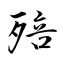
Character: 殕